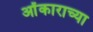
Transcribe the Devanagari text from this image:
ओंकाराच्या